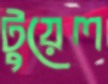
টুয়েল